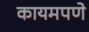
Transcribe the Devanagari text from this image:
कायमपणे